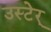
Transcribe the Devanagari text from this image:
उस्टेर्